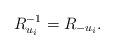
LaTeX: \begin{align*}R_{u_i}^{-1}=R_{-u_i}.\end{align*}